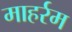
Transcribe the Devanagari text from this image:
माहर्रम